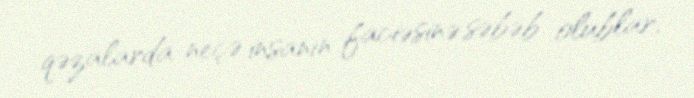
qəzalarda neçə insanın faciəsinə səbəb olublar.